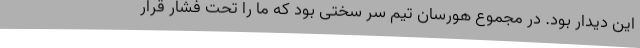
این دیدار بود. در مجموع هورسان تیم سر سختی بود که ما را تحت فشار قرار